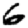
Digit: 6